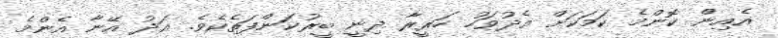
އެއިން ކޮންމެ ކަމަކަށް އެދުވަހު ހަރީރާ ދިނީ ބީރުކަންފަތެކެވެ. އަދު އޭނާ އެންމެ